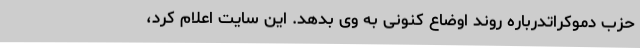
حزب دموکراتدرباره روند اوضاع کنونی به وی بدهد. این سایت اعلام کرد،